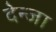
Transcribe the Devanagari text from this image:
देन्जा